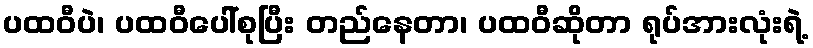
ပထဝီပဲ၊ ပထဝီပေါ်စုပြီး တည်နေတာ၊ ပထဝီဆိုတာ ရုပ်အားလုံးရဲ့